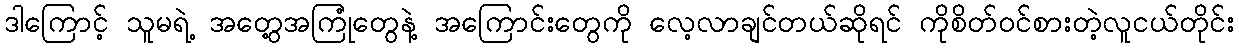
ဒါကြောင့် သူမရဲ့ အတွေ့အကြုံတွေနဲ့ အကြောင်းတွေကို လေ့လာချင်တယ်ဆိုရင် ကိုစိတ်ဝင်စားတဲ့လူငယ်တိုင်း